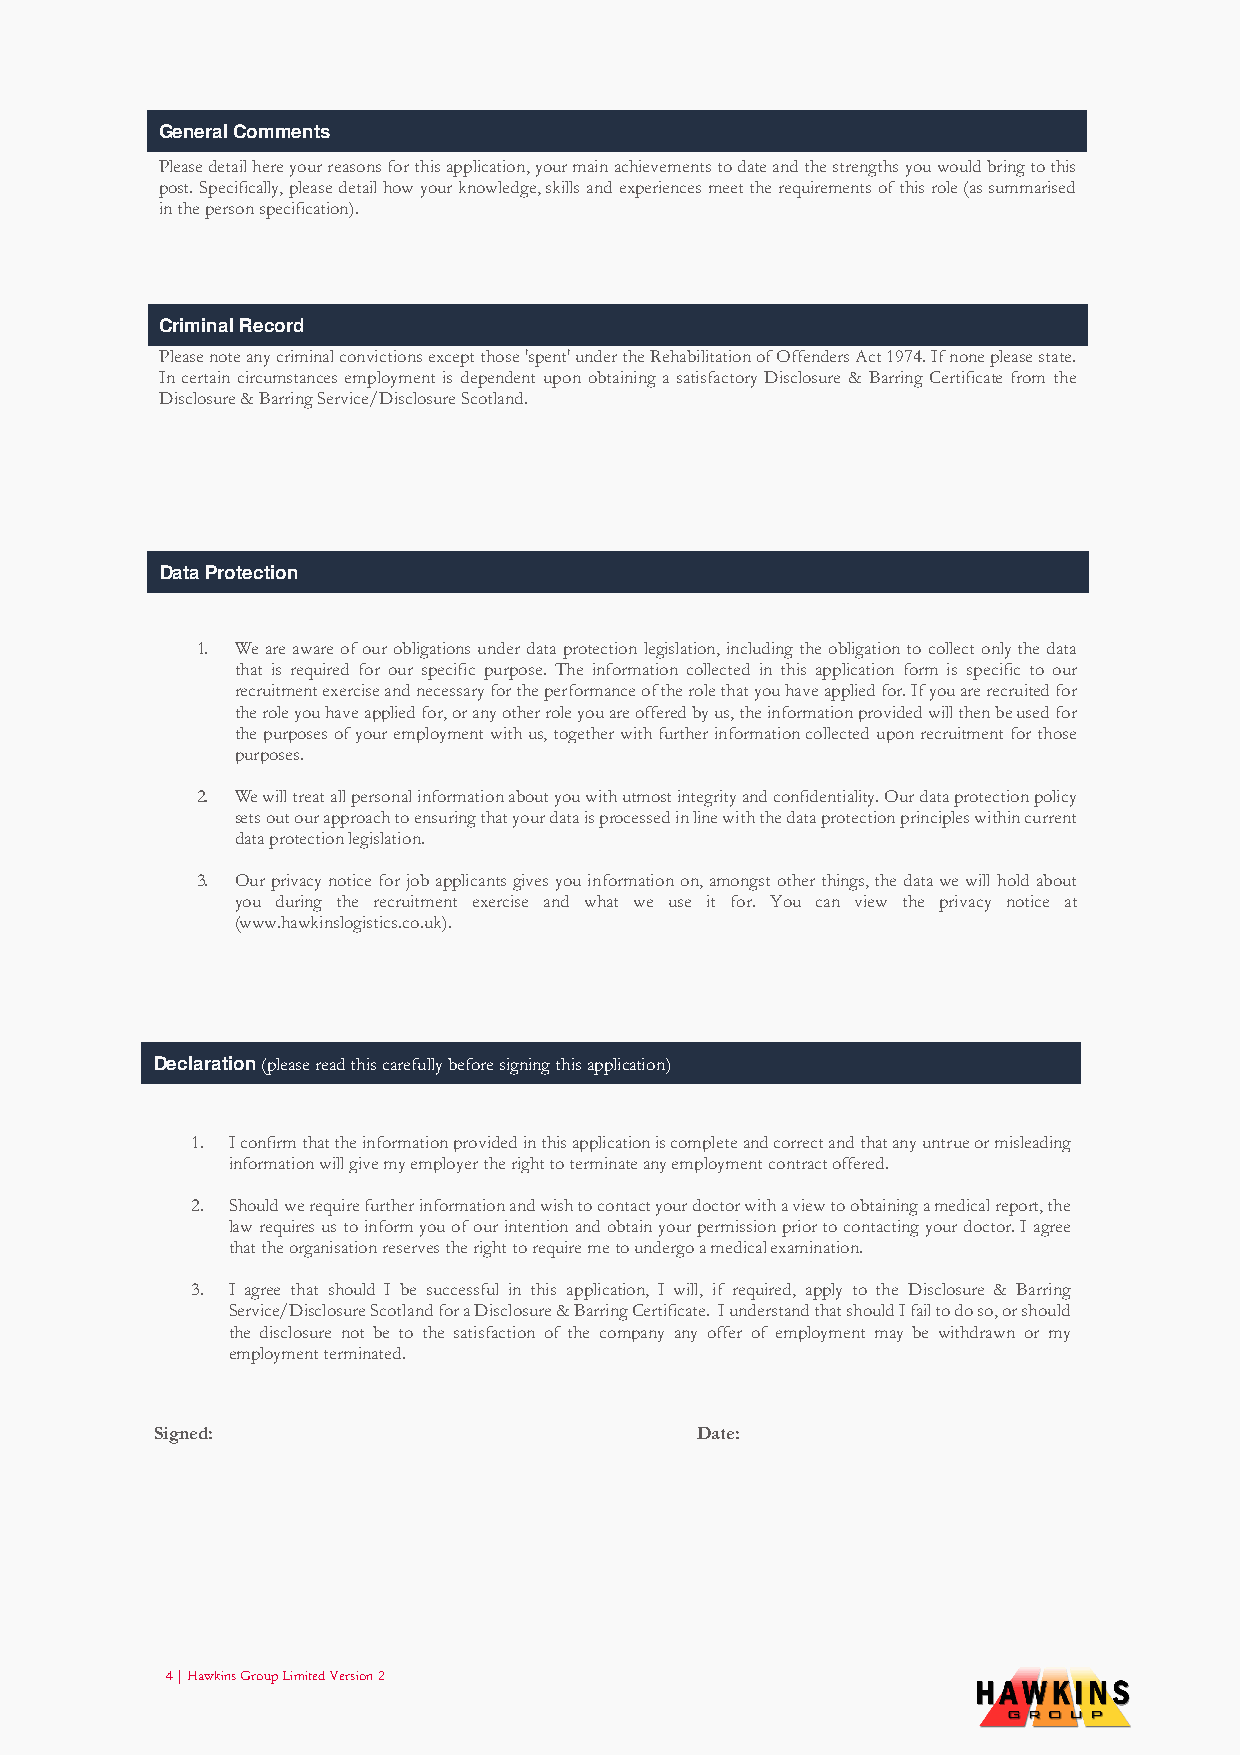
General Comments
 Please detail here your reasons for this application, your main achievements to date and the strengths you would bring to this
 post. Specifically, please detail how your knowledge, skills and experiences meet the requirements of this role (as summarised
 in the person specification).
 Criminal Record
 Please note any criminal convictions except those 'spent' under the Rehabilitation of Offenders Act 1974. If none please state.
 In certain circumstances employment is dependent upon obtaining a satisfactory Disclosure & Barring Certificate from the
 Disclosure & Barring Service/Disclosure Scotland.
 Data Protection
 1. We are aware of our obligations under data protection legislation, including the obligation to collect only the data
 that is required for our specific purpose. The information collected in this application form is specific to our
 recruitment exercise and necessary for the performance of the role that you have applied for. If you are recruited for
 the role you have applied for, or any other role you are offered by us, the information provided will then be used for
 the purposes of your employment with us, together with further information collected upon recruitment for those
 purposes.
 2. We will treat all personal information about you with utmost integrity and confidentiality. Our data protection policy
 sets out our approach to ensuring that your data is processed in line with the data protection principles within current
 data protection legislation.
 3. Our privacy notice for job applicants gives you information on, amongst other things, the data we will hold about
 you during the recruitment exercise and what we use it for. You can view the privacy notice at
 (www.hawkinslogistics.co.uk).
 Declaration (please read this carefully before signing this application)
 1. I confirm that the information provided in this application is complete and correct and that any untrue or misleading
 information will give my employer the right to terminate any employment contract offered.
 2. Should we require further information and wish to contact your doctor with a view to obtaining a medical report, the
 law requires us to inform you of our intention and obtain your permission prior to contacting your doctor. I agree
 that the organisation reserves the right to require me to undergo a medical examination.
 3. I agree that should I be successful in this application, I will, if required, apply to the Disclosure & Barring
 Service/Disclosure Scotland for a Disclosure & Barring Certificate. I understand that should I fail to do so, or should
 the disclosure not be to the satisfaction of the company any offer of employment may be withdrawn or my
 employment terminated.
 Signed:                             Date:
 4 | Hawkins Group Limited Version 2